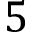
5